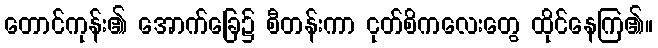
တောင်ကုန်း၏ အောက်ခြေ၌ စီတန်းကာ ငုတ်စိကလေးတွေ ထိုင်နေကြ၏။